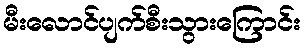
မီးလောင်ပျက်စီးသွားကြောင်း